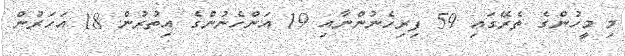
މި މީހުންގެ ތެރޭގައި 59 ފިރިހެނުންނާއި 19 އަންހެނުންގެ އިތުރުން 18 އަހަރުން